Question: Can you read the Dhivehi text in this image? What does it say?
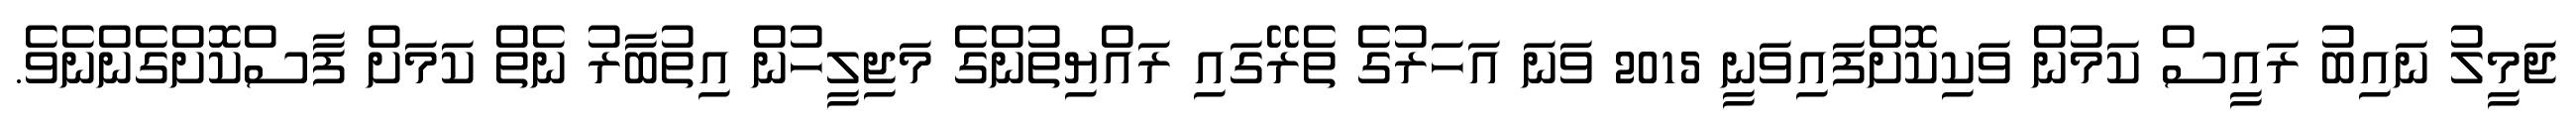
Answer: ޖަމީލު ނައިބު ރައީސް ކަމުން ވަކިކޮށްފައިވަނީ 2015 ވަނަ އަހަރުގެ ތެރޭގައި ރައްޔިތުންގެ މަޖިލީހުން އިތުބާރު ނެތް ކަމަށް ފާސްކޮށްގެންނެވެ.